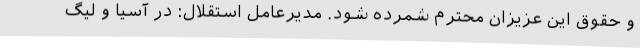
و حقوق این عزیزان محترم شمرده شود. مدیرعامل استقلال: در آسیا و لیگ